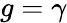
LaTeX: g=\gamma